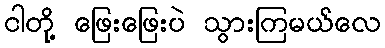
ငါတို့ ဖြေးဖြေးပဲ သွားကြမယ်လေ